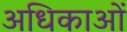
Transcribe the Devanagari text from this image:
अधिकाओं